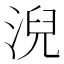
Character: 淣